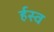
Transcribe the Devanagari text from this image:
र्हस्व